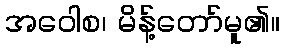
အဝေါစ၊ မိန့်တော်မူ၏။